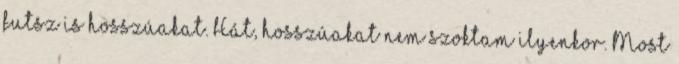
futsz is hosszúakat. Hát, hosszúakat nem szoktam ilyenkor. Most